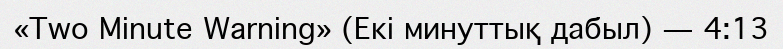
«Two Minute Warning» (Екі минуттық дабыл) — 4:13